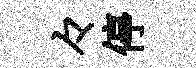
々停